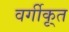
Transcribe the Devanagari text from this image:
वर्गीकृ्त